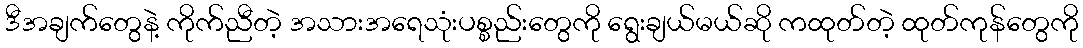
ဒီအချက်တွေနဲ့ ကိုက်ညီတဲ့ အသားအရေသုံးပစ္စည်းတွေကို ရွေးချယ်မယ်ဆို ကထုတ်တဲ့ ထုတ်ကုန်တွေကို